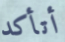
أتأكد